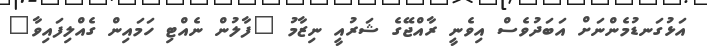
އަޅުގަނޑުމެންނަށް އަބަދުވެސް އިވެނީ ރާއްޖޭގެ ޝަރުއީ ނިޒާމު "ފާލުން ނެއްޓި ހަމައިން ގެއްލިފައިވާ"